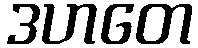
ဒဟတေ